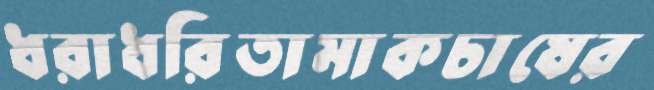
ধরাধরিতামাকচাষের